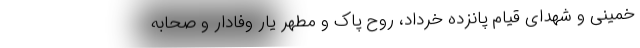
خمینی و شهدای قیام پانزده خرداد، روح پاک و مطهر یار وفادار و صحابه